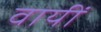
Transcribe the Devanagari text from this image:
वायीं